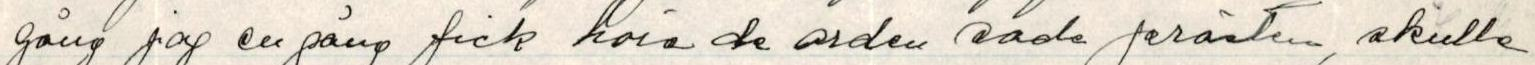
gång jag en gång fick höra de orden sade prästen, skulle